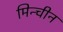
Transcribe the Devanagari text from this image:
मिन्चीन